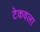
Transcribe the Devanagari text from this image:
टेकवला